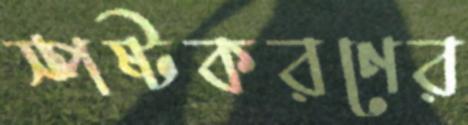
স্পষ্টকরণের